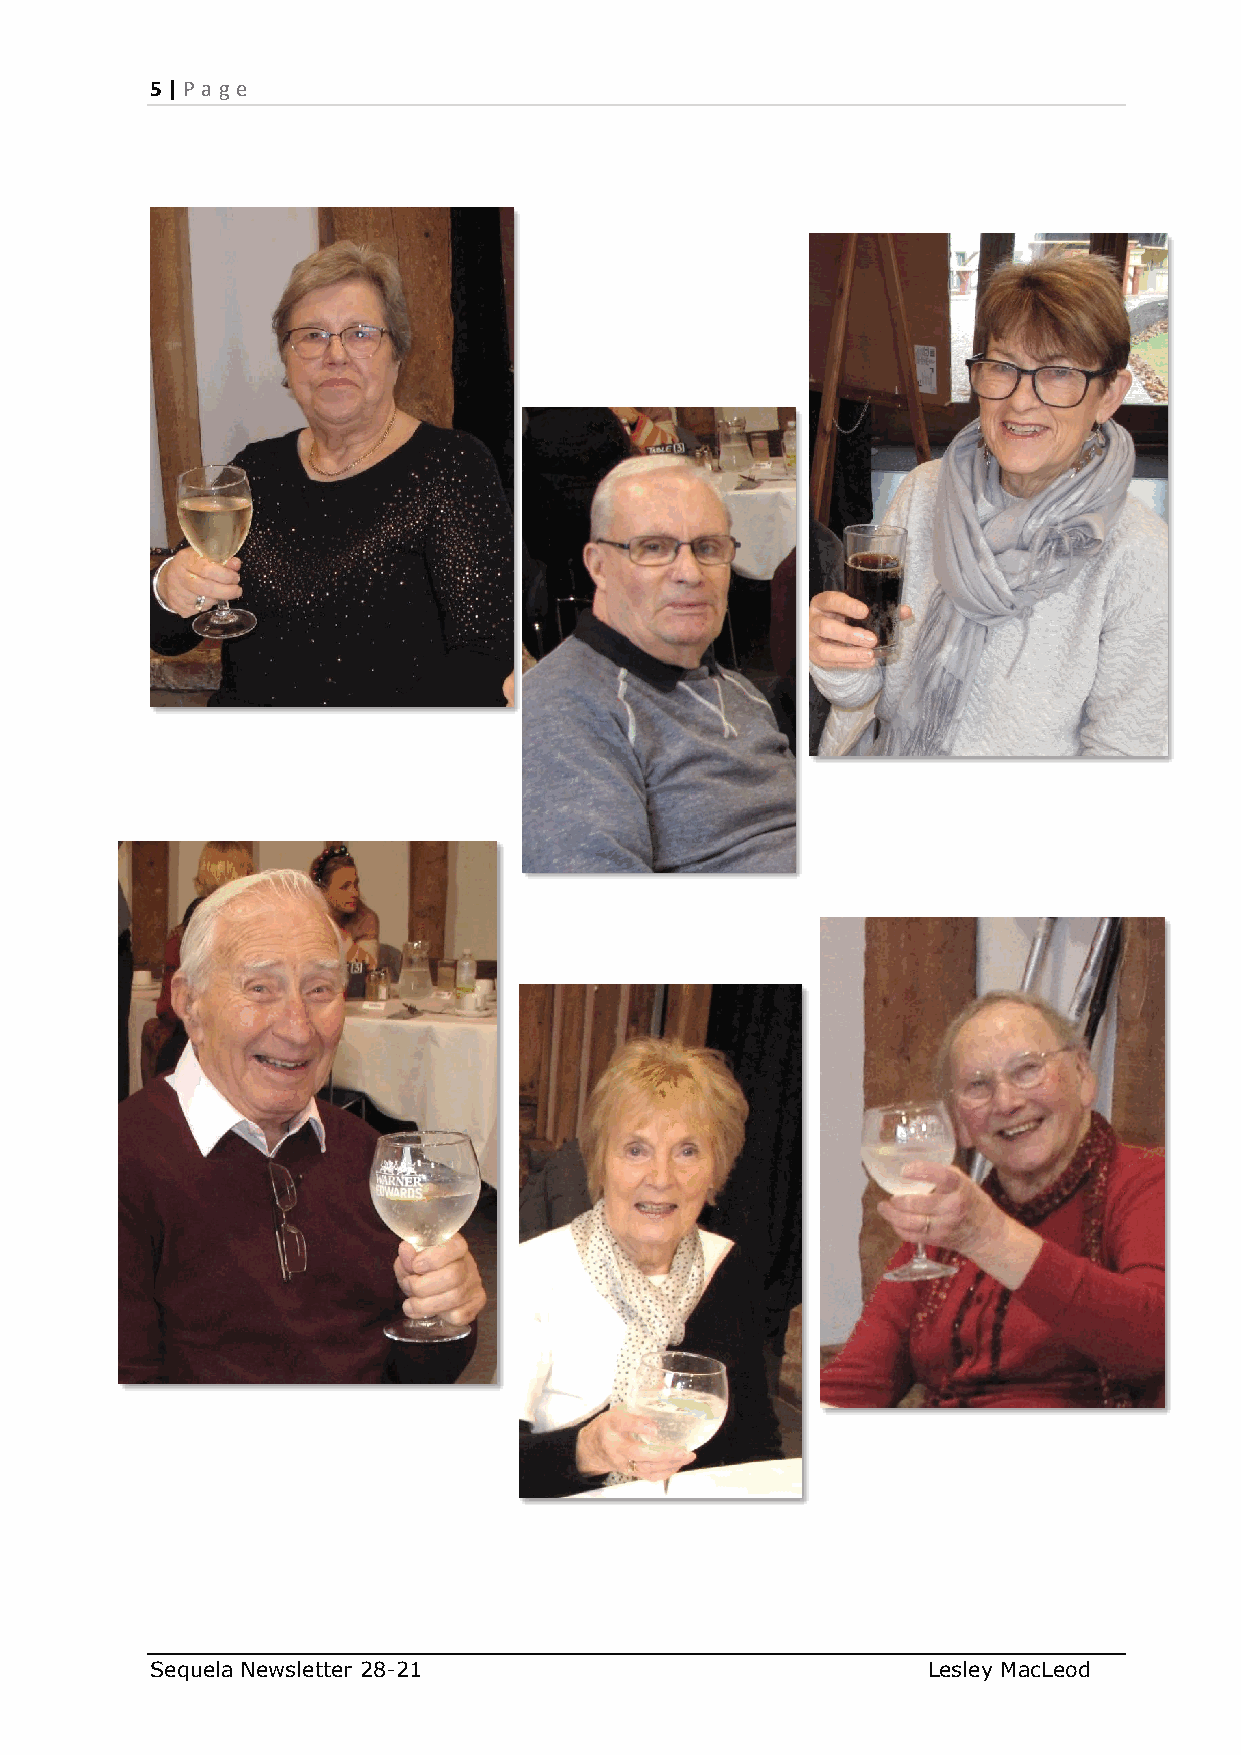
5 | P age
 Sequela Newsletter 28-21                           Lesley MacLeod